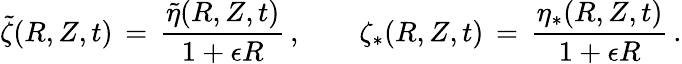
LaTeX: \tilde{\zeta}(R,Z,t)\, =\, \frac{\tilde{\eta}(R,Z,t)}{1+\epsilon R}\, ,\qquad\zeta_{*}(R,Z,t)\, =\, \frac{\eta_{*}(R,Z,t)}{1+\epsilon R}\, .